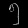
Digit: ၅